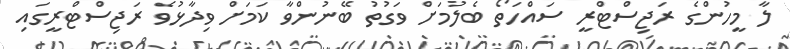
ލާ މީހުންގެ ރަޖިސްޓްރީ ސައްހަތޯ ބެލުމަށް ވަގުތު ބޭނުންވާ ކަމަށް ވިދާޅުވެ ރަޖިސްޓްރީގައި